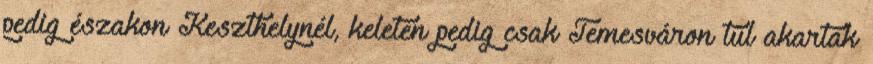
pedig északon Keszthelynél, keleten pedig csak Temesváron túl akartak